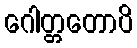
ဂေါတ္တတောပိ